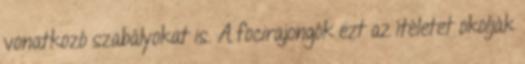
vonatkozó szabályokat is. A focirajongók ezt az ítéletet okolják